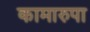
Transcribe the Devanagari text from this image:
कामारुपा